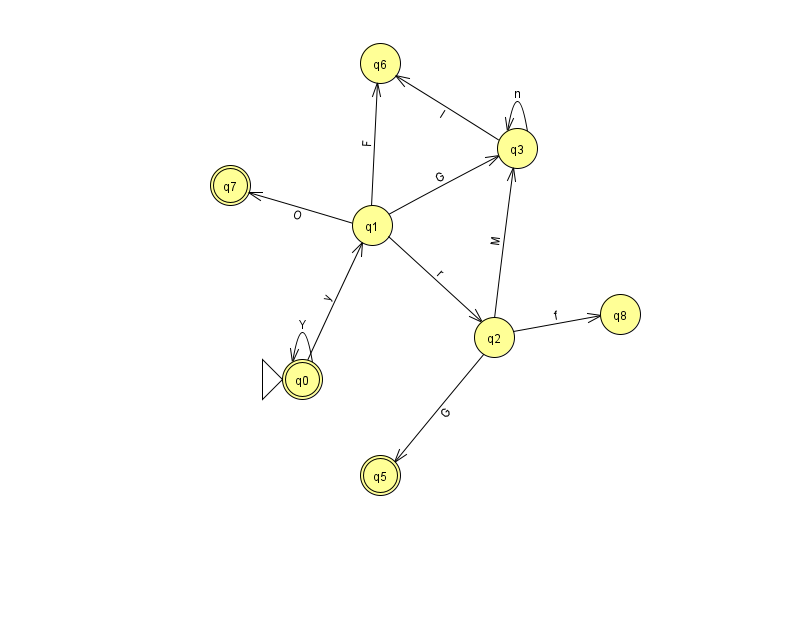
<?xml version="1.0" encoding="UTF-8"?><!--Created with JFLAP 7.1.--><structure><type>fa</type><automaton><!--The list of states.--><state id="0" name="q0"><x>302.0</x><y>366.0</y><initial/><final/></state><state id="1" name="q1"><x>372.0</x><y>212.0</y></state><state id="2" name="q2"><x>494.0</x><y>324.0</y></state><state id="3" name="q3"><x>517.0</x><y>135.0</y></state><state id="5" name="q5"><x>380.0</x><y>462.0</y><final/></state><state id="6" name="q6"><x>380.0</x><y>50.0</y></state><state id="7" name="q7"><x>230.0</x><y>172.0</y><final/></state><state id="8" name="q8"><x>620.0</x><y>301.0</y></state><!--The list of transitions.--><transition><from>1</from><to>7</to><read>O</read></transition><transition><from>1</from><to>3</to><read>G</read></transition><transition><from>0</from><to>1</to><read>y</read></transition><transition><from>2</from><to>8</to><read>f</read></transition><transition><from>3</from><to>6</to><read>I</read></transition><transition><from>2</from><to>3</to><read>M</read></transition><transition><from>0</from><to>0</to><read>Y</read></transition><transition><from>1</from><to>2</to><read>r</read></transition><transition><from>1</from><to>6</to><read>F</read></transition><transition><from>3</from><to>3</to><read>n</read></transition><transition><from>2</from><to>5</to><read>G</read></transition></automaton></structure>